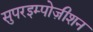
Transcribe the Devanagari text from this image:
सुपरइम्पोज़ीशन